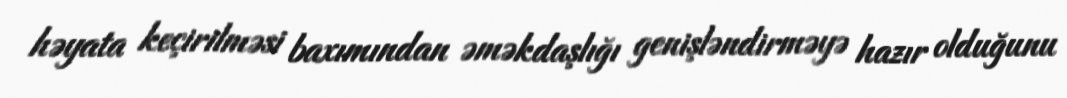
həyata keçirilməsi baxımından əməkdaşlığı genişləndirməyə hazır olduğunu